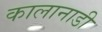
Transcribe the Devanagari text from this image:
कालानाडी